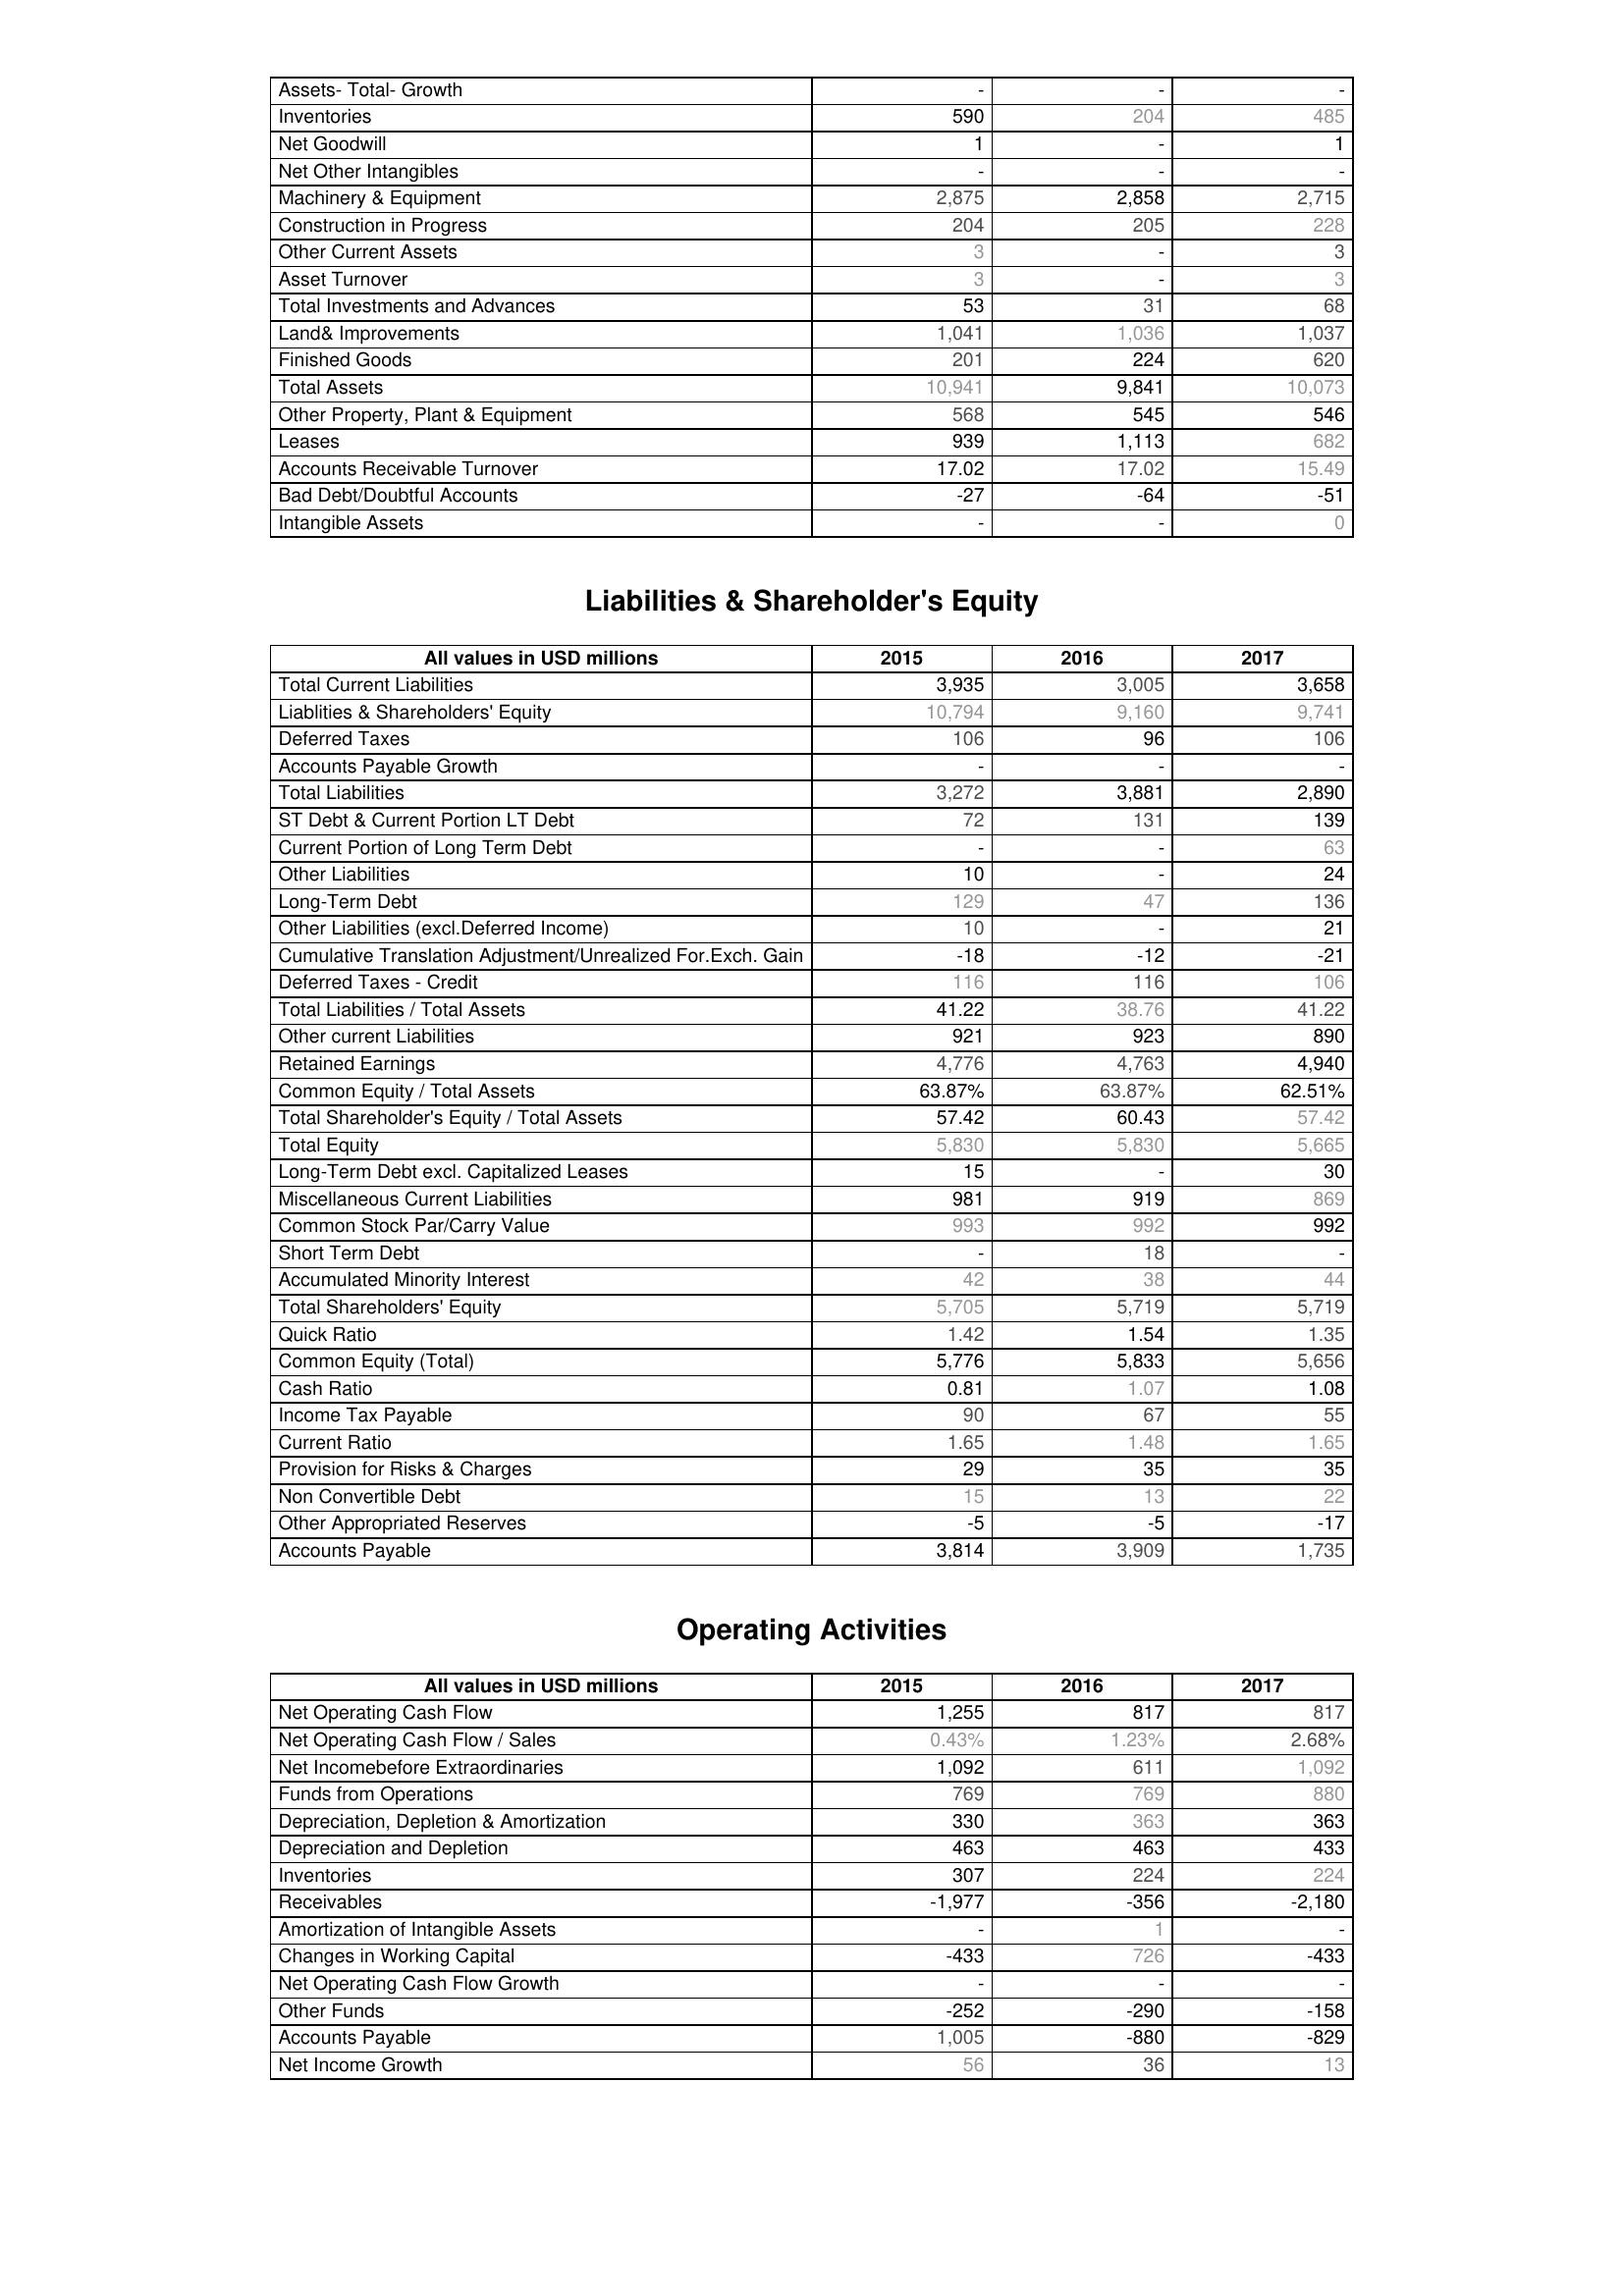
2015: Assets: Assets- Total- Growth: -
Inventories: 590
Net Goodwill: 1
Net Other Intangibles: -
Machinery & Equipment: 2,875
Construction in Progress: 204
Other Current Assets: 3
Asset Turnover: 3
Total Investments and Advances: 53
Land& Improvements: 1,041
Finished Goods: 201
Total Assets: 10,941
Other Property, Plant & Equipment: 568
Leases: 939
Accounts Receivable Turnover: 17.02
Bad Debt/Doubtful Accounts: -27
Intangible Assets: -
Liabilities & Shareholder's Equity: Total Current Liabilities: 3,935
Liablities & Shareholders' Equity: 10,794
Deferred Taxes: 106
Accounts Payable Growth: -
Total Liabilities: 3,272
ST Debt & Current Portion LT Debt: 72
Current Portion of Long Term Debt: -
Other Liabilities: 10
Long-Term Debt: 129
Other Liabilities (excl.Deferred Income): 10
Cumulative Translation Adjustment/Unrealized For.Exch. Gain: -18
Deferred Taxes - Credit: 116
Total Liabilities / Total Assets: 41.22
Other current Liabilities: 921
Retained Earnings: 4,776
Common Equity / Total Assets: 63.87%
Total Shareholder's Equity / Total Assets: 57.42
Total Equity: 5,830
Long-Term Debt excl. Capitalized Leases: 15
Miscellaneous Current Liabilities: 981
Common Stock Par/Carry Value: 993
Short Term Debt: -
Accumulated Minority Interest: 42
Total Shareholders' Equity: 5,705
Quick Ratio: 1.42
Common Equity (Total): 5,776
Cash Ratio: 0.81
Income Tax Payable: 90
Current Ratio: 1.65
Provision for Risks & Charges: 29
Non Convertible Debt: 15
Other Appropriated Reserves: -5
Accounts Payable: 3,814
Operating Activities: Net Operating Cash Flow: 1,255
Net Operating Cash Flow / Sales: 0.43%
Net Incomebefore Extraordinaries: 1,092
Funds from Operations: 769
Depreciation, Depletion & Amortization: 330
Depreciation and Depletion: 463
Inventories: 307
Receivables: -1,977
Amortization of Intangible Assets: -
Changes in Working Capital: -433
Net Operating Cash Flow Growth: -
Other Funds: -252
Accounts Payable: 1,005
Net Income Growth: 56
2016: Assets: Assets- Total- Growth: -
Inventories: 204
Net Goodwill: -
Net Other Intangibles: -
Machinery & Equipment: 2,858
Construction in Progress: 205
Other Current Assets: -
Asset Turnover: -
Total Investments and Advances: 31
Land& Improvements: 1,036
Finished Goods: 224
Total Assets: 9,841
Other Property, Plant & Equipment: 545
Leases: 1,113
Accounts Receivable Turnover: 17.02
Bad Debt/Doubtful Accounts: -64
Intangible Assets: -
Liabilities & Shareholder's Equity: Total Current Liabilities: 3,005
Liablities & Shareholders' Equity: 9,160
Deferred Taxes: 96
Accounts Payable Growth: -
Total Liabilities: 3,881
ST Debt & Current Portion LT Debt: 131
Current Portion of Long Term Debt: -
Other Liabilities: -
Long-Term Debt: 47
Other Liabilities (excl.Deferred Income): -
Cumulative Translation Adjustment/Unrealized For.Exch. Gain: -12
Deferred Taxes - Credit: 116
Total Liabilities / Total Assets: 38.76
Other current Liabilities: 923
Retained Earnings: 4,763
Common Equity / Total Assets: 63.87%
Total Shareholder's Equity / Total Assets: 60.43
Total Equity: 5,830
Long-Term Debt excl. Capitalized Leases: -
Miscellaneous Current Liabilities: 919
Common Stock Par/Carry Value: 992
Short Term Debt: 18
Accumulated Minority Interest: 38
Total Shareholders' Equity: 5,719
Quick Ratio: 1.54
Common Equity (Total): 5,833
Cash Ratio: 1.07
Income Tax Payable: 67
Current Ratio: 1.48
Provision for Risks & Charges: 35
Non Convertible Debt: 13
Other Appropriated Reserves: -5
Accounts Payable: 3,909
Operating Activities: Net Operating Cash Flow: 817
Net Operating Cash Flow / Sales: 1.23%
Net Incomebefore Extraordinaries: 611
Funds from Operations: 769
Depreciation, Depletion & Amortization: 363
Depreciation and Depletion: 463
Inventories: 224
Receivables: -356
Amortization of Intangible Assets: 1
Changes in Working Capital: 726
Net Operating Cash Flow Growth: -
Other Funds: -290
Accounts Payable: -880
Net Income Growth: 36
2017: Assets: Assets- Total- Growth: -
Inventories: 485
Net Goodwill: 1
Net Other Intangibles: -
Machinery & Equipment: 2,715
Construction in Progress: 228
Other Current Assets: 3
Asset Turnover: 3
Total Investments and Advances: 68
Land& Improvements: 1,037
Finished Goods: 620
Total Assets: 10,073
Other Property, Plant & Equipment: 546
Leases: 682
Accounts Receivable Turnover: 15.49
Bad Debt/Doubtful Accounts: -51
Intangible Assets: 0
Liabilities & Shareholder's Equity: Total Current Liabilities: 3,658
Liablities & Shareholders' Equity: 9,741
Deferred Taxes: 106
Accounts Payable Growth: -
Total Liabilities: 2,890
ST Debt & Current Portion LT Debt: 139
Current Portion of Long Term Debt: 63
Other Liabilities: 24
Long-Term Debt: 136
Other Liabilities (excl.Deferred Income): 21
Cumulative Translation Adjustment/Unrealized For.Exch. Gain: -21
Deferred Taxes - Credit: 106
Total Liabilities / Total Assets: 41.22
Other current Liabilities: 890
Retained Earnings: 4,940
Common Equity / Total Assets: 62.51%
Total Shareholder's Equity / Total Assets: 57.42
Total Equity: 5,665
Long-Term Debt excl. Capitalized Leases: 30
Miscellaneous Current Liabilities: 869
Common Stock Par/Carry Value: 992
Short Term Debt: -
Accumulated Minority Interest: 44
Total Shareholders' Equity: 5,719
Quick Ratio: 1.35
Common Equity (Total): 5,656
Cash Ratio: 1.08
Income Tax Payable: 55
Current Ratio: 1.65
Provision for Risks & Charges: 35
Non Convertible Debt: 22
Other Appropriated Reserves: -17
Accounts Payable: 1,735
Operating Activities: Net Operating Cash Flow: 817
Net Operating Cash Flow / Sales: 2.68%
Net Incomebefore Extraordinaries: 1,092
Funds from Operations: 880
Depreciation, Depletion & Amortization: 363
Depreciation and Depletion: 433
Inventories: 224
Receivables: -2,180
Amortization of Intangible Assets: -
Changes in Working Capital: -433
Net Operating Cash Flow Growth: -
Other Funds: -158
Accounts Payable: -829
Net Income Growth: 13